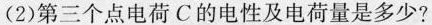
(2)第三个点电荷C的电性及电荷量是多少?